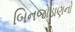
બિનજોડાણનો